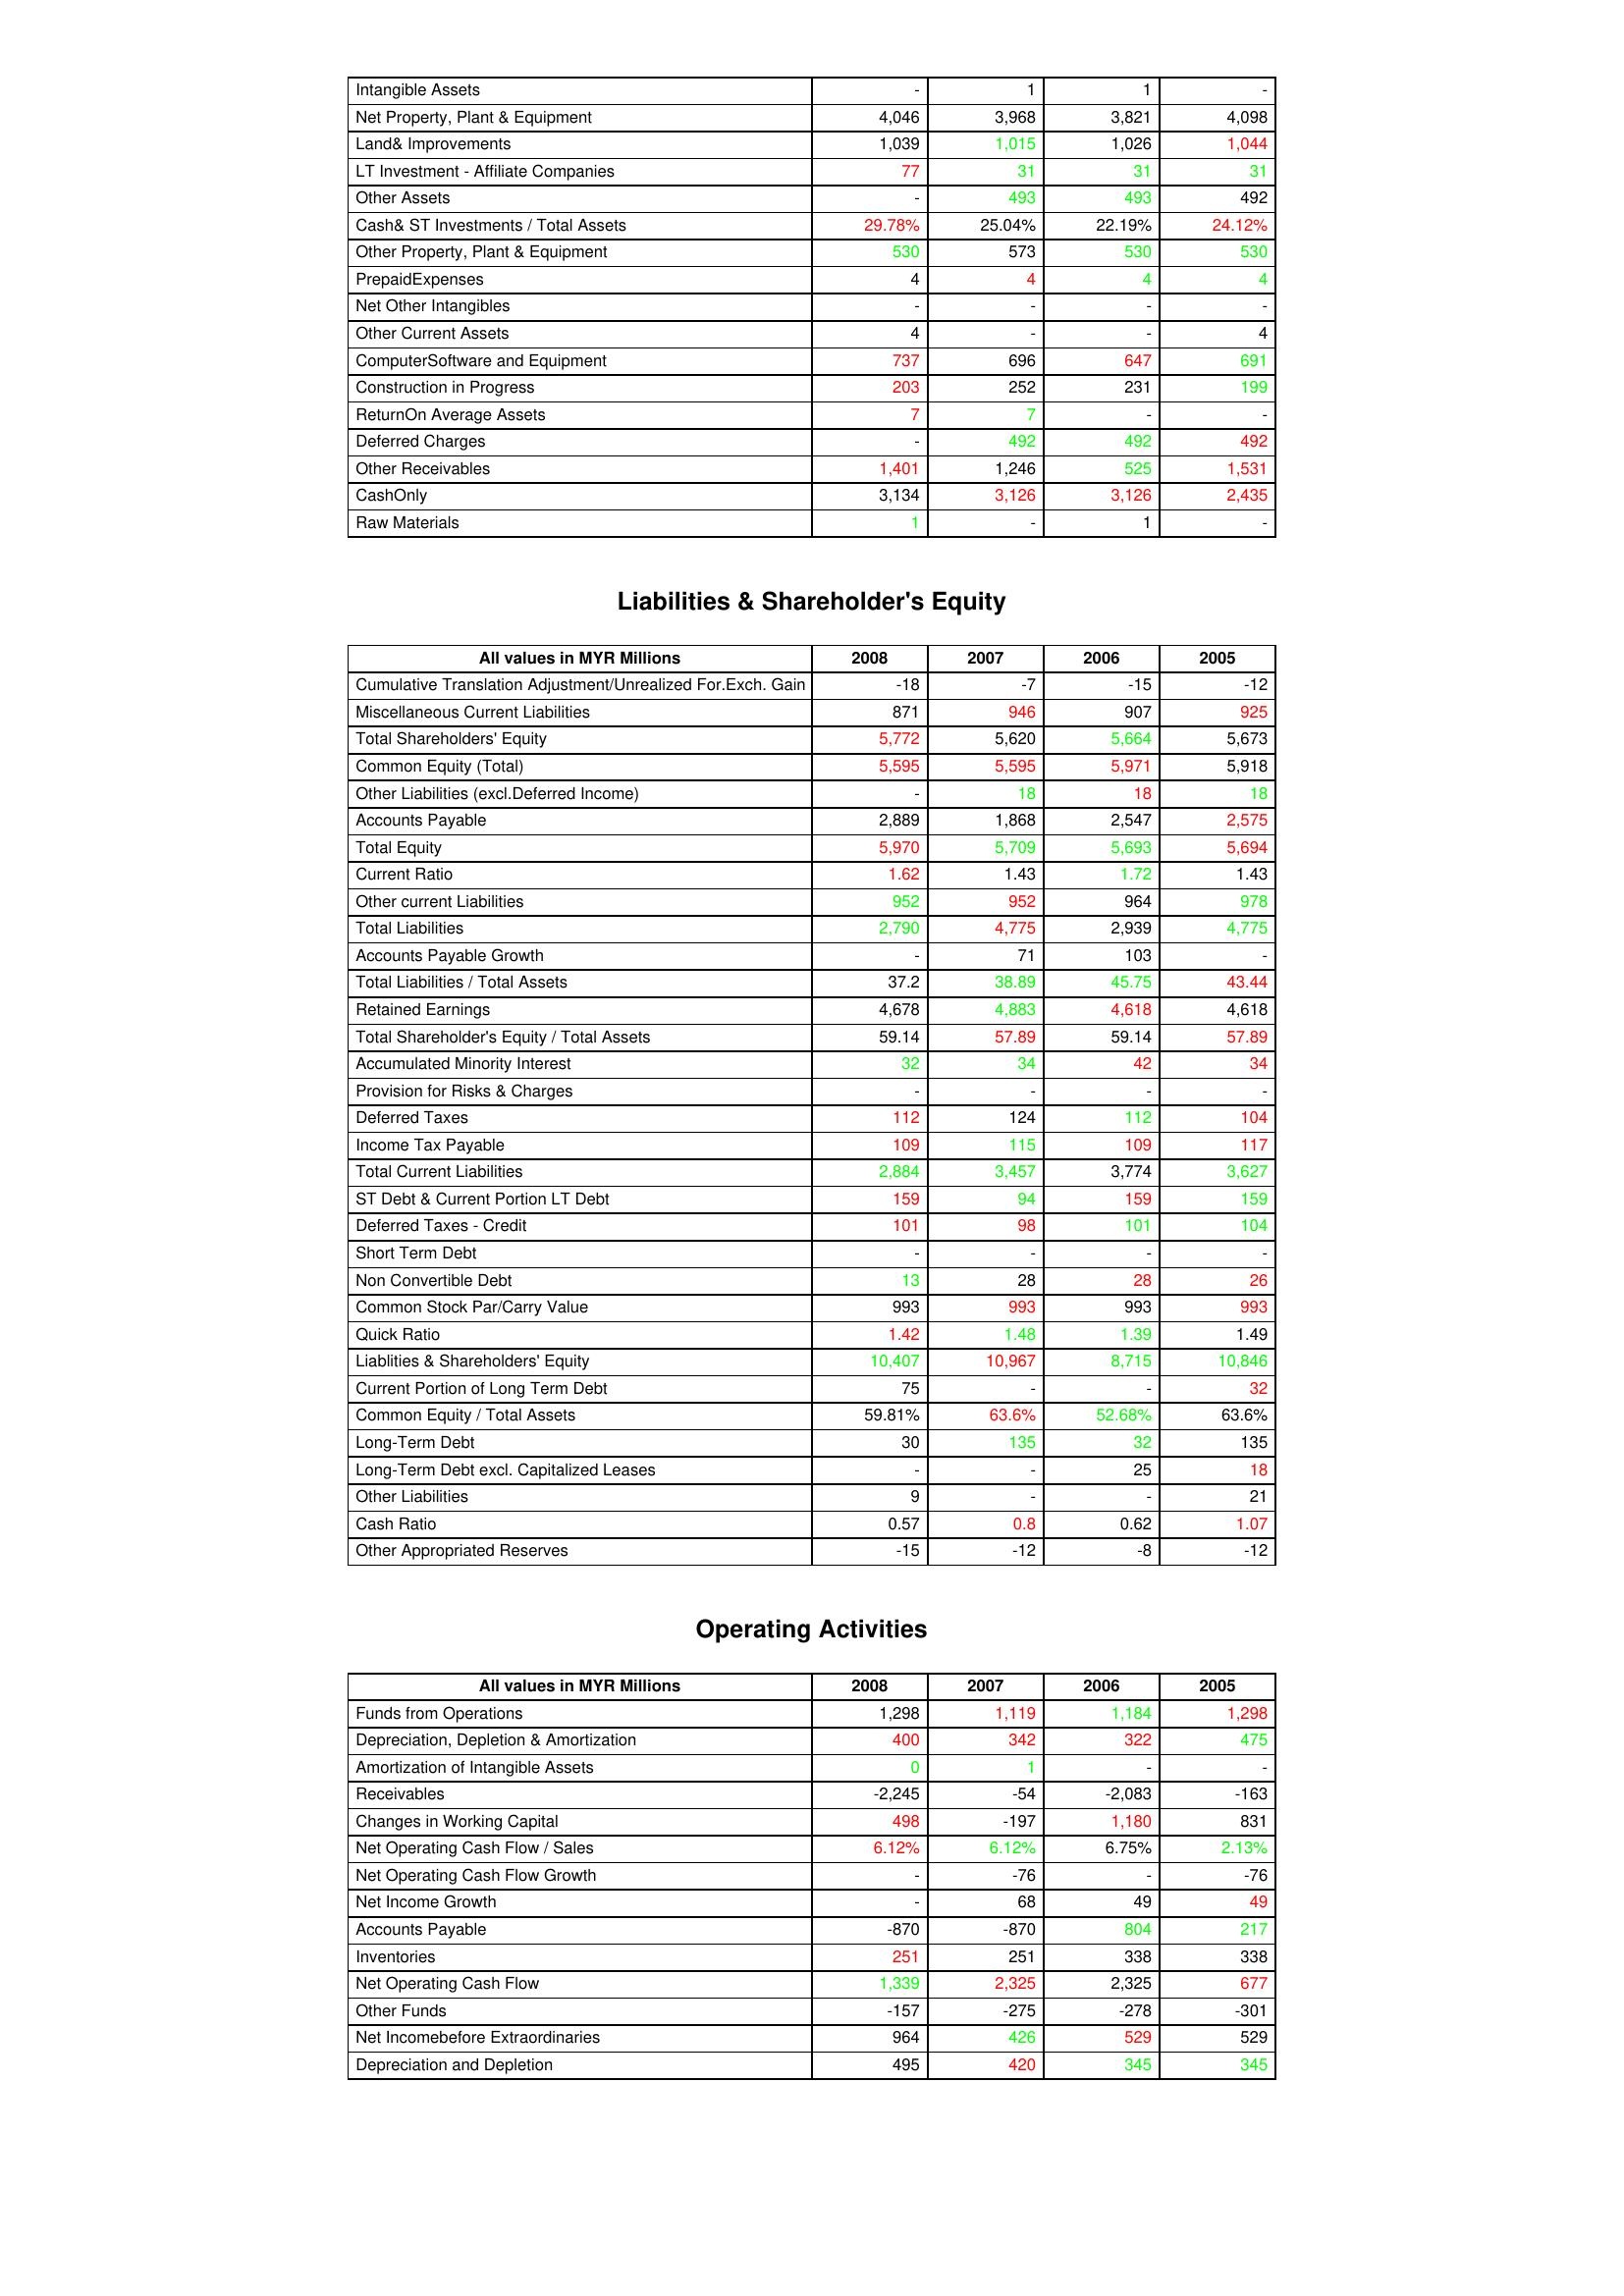
gt_parse: 2008: Assets: Intangible Assets: -
Net Property, Plant & Equipment: 4,046
Land& Improvements: 1,039
LT Investment - Affiliate Companies: 77
Other Assets: -
Cash& ST Investments / Total Assets: 29.78%
Other Property, Plant & Equipment: 530
PrepaidExpenses: 4
Net Other Intangibles: -
Other Current Assets: 4
ComputerSoftware and Equipment: 737
Construction in Progress: 203
ReturnOn Average Assets: 7
Deferred Charges: -
Other Receivables: 1,401
CashOnly: 3,134
Raw Materials: 1
Liabilities & Shareholder's Equity: Cumulative Translation Adjustment/Unrealized For.Exch. Gain: -18
Miscellaneous Current Liabilities: 871
Total Shareholders' Equity: 5,772
Common Equity (Total): 5,595
Other Liabilities (excl.Deferred Income): -
Accounts Payable: 2,889
Total Equity: 5,970
Current Ratio: 1.62
Other current Liabilities: 952
Total Liabilities: 2,790
Accounts Payable Growth: -
Total Liabilities / Total Assets: 37.2
Retained Earnings: 4,678
Total Shareholder's Equity / Total Assets: 59.14
Accumulated Minority Interest: 32
Provision for Risks & Charges: -
Deferred Taxes: 112
Income Tax Payable: 109
Total Current Liabilities: 2,884
ST Debt & Current Portion LT Debt: 159
Deferred Taxes - Credit: 101
Short Term Debt: -
Non Convertible Debt: 13
Common Stock Par/Carry Value: 993
Quick Ratio: 1.42
Liablities & Shareholders' Equity: 10,407
Current Portion of Long Term Debt: 75
Common Equity / Total Assets: 59.81%
Long-Term Debt: 30
Long-Term Debt excl. Capitalized Leases: -
Other Liabilities: 9
Cash Ratio: 0.57
Other Appropriated Reserves: -15
Operating Activities: Funds from Operations: 1,298
Depreciation, Depletion & Amortization: 400
Amortization of Intangible Assets: 0
Receivables: -2,245
Changes in Working Capital: 498
Net Operating Cash Flow / Sales: 6.12%
Net Operating Cash Flow Growth: -
Net Income Growth: -
Accounts Payable: -870
Inventories: 251
Net Operating Cash Flow: 1,339
Other Funds: -157
Net Incomebefore Extraordinaries: 964
Depreciation and Depletion: 495
2007: Assets: Intangible Assets: 1
Net Property, Plant & Equipment: 3,968
Land& Improvements: 1,015
LT Investment - Affiliate Companies: 31
Other Assets: 493
Cash& ST Investments / Total Assets: 25.04%
Other Property, Plant & Equipment: 573
PrepaidExpenses: 4
Net Other Intangibles: -
Other Current Assets: -
ComputerSoftware and Equipment: 696
Construction in Progress: 252
ReturnOn Average Assets: 7
Deferred Charges: 492
Other Receivables: 1,246
CashOnly: 3,126
Raw Materials: -
Liabilities & Shareholder's Equity: Cumulative Translation Adjustment/Unrealized For.Exch. Gain: -7
Miscellaneous Current Liabilities: 946
Total Shareholders' Equity: 5,620
Common Equity (Total): 5,595
Other Liabilities (excl.Deferred Income): 18
Accounts Payable: 1,868
Total Equity: 5,709
Current Ratio: 1.43
Other current Liabilities: 952
Total Liabilities: 4,775
Accounts Payable Growth: 71
Total Liabilities / Total Assets: 38.89
Retained Earnings: 4,883
Total Shareholder's Equity / Total Assets: 57.89
Accumulated Minority Interest: 34
Provision for Risks & Charges: -
Deferred Taxes: 124
Income Tax Payable: 115
Total Current Liabilities: 3,457
ST Debt & Current Portion LT Debt: 94
Deferred Taxes - Credit: 98
Short Term Debt: -
Non Convertible Debt: 28
Common Stock Par/Carry Value: 993
Quick Ratio: 1.48
Liablities & Shareholders' Equity: 10,967
Current Portion of Long Term Debt: -
Common Equity / Total Assets: 63.6%
Long-Term Debt: 135
Long-Term Debt excl. Capitalized Leases: -
Other Liabilities: -
Cash Ratio: 0.8
Other Appropriated Reserves: -12
Operating Activities: Funds from Operations: 1,119
Depreciation, Depletion & Amortization: 342
Amortization of Intangible Assets: 1
Receivables: -54
Changes in Working Capital: -197
Net Operating Cash Flow / Sales: 6.12%
Net Operating Cash Flow Growth: -76
Net Income Growth: 68
Accounts Payable: -870
Inventories: 251
Net Operating Cash Flow: 2,325
Other Funds: -275
Net Incomebefore Extraordinaries: 426
Depreciation and Depletion: 420
2006: Assets: Intangible Assets: 1
Net Property, Plant & Equipment: 3,821
Land& Improvements: 1,026
LT Investment - Affiliate Companies: 31
Other Assets: 493
Cash& ST Investments / Total Assets: 22.19%
Other Property, Plant & Equipment: 530
PrepaidExpenses: 4
Net Other Intangibles: -
Other Current Assets: -
ComputerSoftware and Equipment: 647
Construction in Progress: 231
ReturnOn Average Assets: -
Deferred Charges: 492
Other Receivables: 525
CashOnly: 3,126
Raw Materials: 1
Liabilities & Shareholder's Equity: Cumulative Translation Adjustment/Unrealized For.Exch. Gain: -15
Miscellaneous Current Liabilities: 907
Total Shareholders' Equity: 5,664
Common Equity (Total): 5,971
Other Liabilities (excl.Deferred Income): 18
Accounts Payable: 2,547
Total Equity: 5,693
Current Ratio: 1.72
Other current Liabilities: 964
Total Liabilities: 2,939
Accounts Payable Growth: 103
Total Liabilities / Total Assets: 45.75
Retained Earnings: 4,618
Total Shareholder's Equity / Total Assets: 59.14
Accumulated Minority Interest: 42
Provision for Risks & Charges: -
Deferred Taxes: 112
Income Tax Payable: 109
Total Current Liabilities: 3,774
ST Debt & Current Portion LT Debt: 159
Deferred Taxes - Credit: 101
Short Term Debt: -
Non Convertible Debt: 28
Common Stock Par/Carry Value: 993
Quick Ratio: 1.39
Liablities & Shareholders' Equity: 8,715
Current Portion of Long Term Debt: -
Common Equity / Total Assets: 52.68%
Long-Term Debt: 32
Long-Term Debt excl. Capitalized Leases: 25
Other Liabilities: -
Cash Ratio: 0.62
Other Appropriated Reserves: -8
Operating Activities: Funds from Operations: 1,184
Depreciation, Depletion & Amortization: 322
Amortization of Intangible Assets: -
Receivables: -2,083
Changes in Working Capital: 1,180
Net Operating Cash Flow / Sales: 6.75%
Net Operating Cash Flow Growth: -
Net Income Growth: 49
Accounts Payable: 804
Inventories: 338
Net Operating Cash Flow: 2,325
Other Funds: -278
Net Incomebefore Extraordinaries: 529
Depreciation and Depletion: 345
2005: Assets: Intangible Assets: -
Net Property, Plant & Equipment: 4,098
Land& Improvements: 1,044
LT Investment - Affiliate Companies: 31
Other Assets: 492
Cash& ST Investments / Total Assets: 24.12%
Other Property, Plant & Equipment: 530
PrepaidExpenses: 4
Net Other Intangibles: -
Other Current Assets: 4
ComputerSoftware and Equipment: 691
Construction in Progress: 199
ReturnOn Average Assets: -
Deferred Charges: 492
Other Receivables: 1,531
CashOnly: 2,435
Raw Materials: -
Liabilities & Shareholder's Equity: Cumulative Translation Adjustment/Unrealized For.Exch. Gain: -12
Miscellaneous Current Liabilities: 925
Total Shareholders' Equity: 5,673
Common Equity (Total): 5,918
Other Liabilities (excl.Deferred Income): 18
Accounts Payable: 2,575
Total Equity: 5,694
Current Ratio: 1.43
Other current Liabilities: 978
Total Liabilities: 4,775
Accounts Payable Growth: -
Total Liabilities / Total Assets: 43.44
Retained Earnings: 4,618
Total Shareholder's Equity / Total Assets: 57.89
Accumulated Minority Interest: 34
Provision for Risks & Charges: -
Deferred Taxes: 104
Income Tax Payable: 117
Total Current Liabilities: 3,627
ST Debt & Current Portion LT Debt: 159
Deferred Taxes - Credit: 104
Short Term Debt: -
Non Convertible Debt: 26
Common Stock Par/Carry Value: 993
Quick Ratio: 1.49
Liablities & Shareholders' Equity: 10,846
Current Portion of Long Term Debt: 32
Common Equity / Total Assets: 63.6%
Long-Term Debt: 135
Long-Term Debt excl. Capitalized Leases: 18
Other Liabilities: 21
Cash Ratio: 1.07
Other Appropriated Reserves: -12
Operating Activities: Funds from Operations: 1,298
Depreciation, Depletion & Amortization: 475
Amortization of Intangible Assets: -
Receivables: -163
Changes in Working Capital: 831
Net Operating Cash Flow / Sales: 2.13%
Net Operating Cash Flow Growth: -76
Net Income Growth: 49
Accounts Payable: 217
Inventories: 338
Net Operating Cash Flow: 677
Other Funds: -301
Net Incomebefore Extraordinaries: 529
Depreciation and Depletion: 345